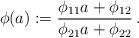
LaTeX: \begin{align*} \phi(a) := \frac{\phi_{11} a + \phi_{12}}{\phi_{21} a + \phi_{22}}\,.\end{align*}